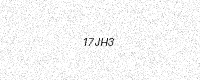
Text: 17JH3